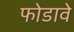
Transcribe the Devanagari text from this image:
फोडावे